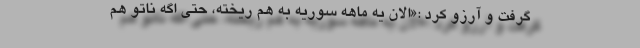
گرفت و آرزو کرد :«الان یه ماهه سوریه به هم ریخته، حتی اگه ناتو هم